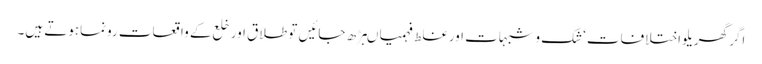
اگر گھریلو اختلافات‘شک وشبہات اورغلط فہمیاںبڑھ جائیں تو طلاق اور خلع کے واقعات رونماہوتے ہیں۔